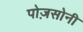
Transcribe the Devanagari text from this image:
पोज़सोनी